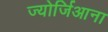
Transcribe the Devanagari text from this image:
ज्योर्जिआना